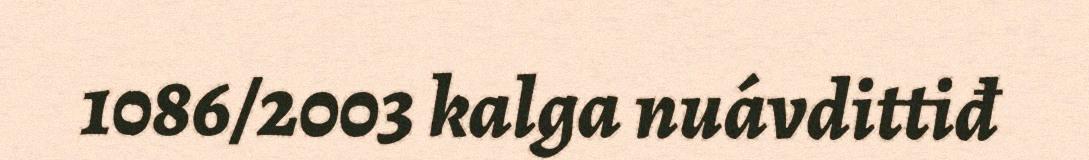
1086/2003 kalga nuávdittiđ